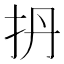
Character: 𫼘